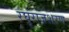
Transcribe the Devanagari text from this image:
रघुराजशरण